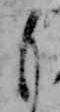
も